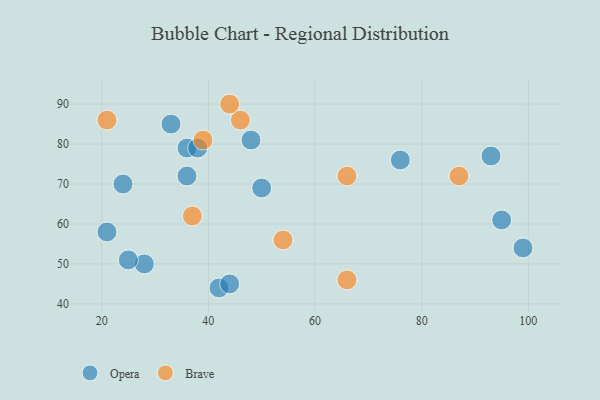
{"axis": {"x": "GDP", "y": "Life Expectancy"}, "legend": ["Brave", "Opera"], "data": [{"x": "24", "y": 70, "type": "Opera"}, {"x": "21", "y": 58, "type": "Opera"}, {"x": "93", "y": 77, "type": "Opera"}, {"x": "50", "y": 69, "type": "Opera"}, {"x": "36", "y": 72, "type": "Opera"}, {"x": "36", "y": 79, "type": "Opera"}, {"x": "42", "y": 44, "type": "Opera"}, {"x": "48", "y": 81, "type": "Opera"}, {"x": "44", "y": 45, "type": "Opera"}, {"x": "95", "y": 61, "type": "Opera"}, {"x": "76", "y": 76, "type": "Opera"}, {"x": "28", "y": 50, "type": "Opera"}, {"x": "25", "y": 51, "type": "Opera"}, {"x": "99", "y": 54, "type": "Opera"}, {"x": "33", "y": 85, "type": "Opera"}, {"x": "38", "y": 79, "type": "Opera"}, {"x": "66", "y": 72, "type": "Brave"}, {"x": "21", "y": 86, "type": "Brave"}, {"x": "46", "y": 86, "type": "Brave"}, {"x": "44", "y": 90, "type": "Brave"}, {"x": "39", "y": 81, "type": "Brave"}, {"x": "87", "y": 72, "type": "Brave"}, {"x": "54", "y": 56, "type": "Brave"}, {"x": "66", "y": 46, "type": "Brave"}, {"x": "37", "y": 62, "type": "Brave"}]}